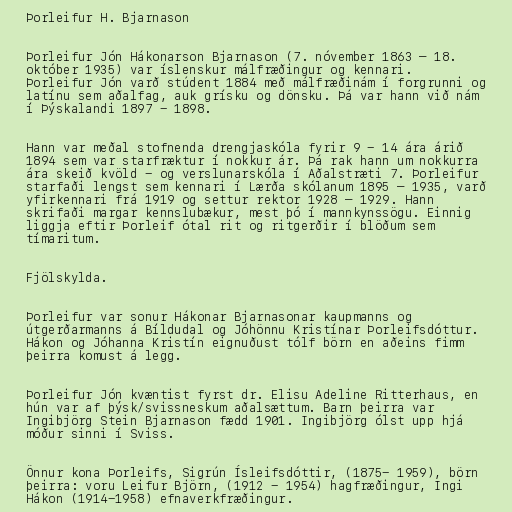
Þorleifur H. Bjarnason

Þorleifur Jón Hákonarson Bjarnason (7. nóvember 1863 — 18.
október 1935) var íslenskur málfræðingur og kennari.
Þorleifur Jón varð stúdent 1884 með málfræðinám í forgrunni og
latínu sem aðalfag, auk grísku og dönsku. Þá var hann við nám
í Þýskalandi 1897 - 1898.

Hann var meðal stofnenda drengjaskóla fyrir 9 - 14 ára árið
1894 sem var starfræktur í nokkur ár. Þá rak hann um nokkurra
ára skeið kvöld - og verslunarskóla í Aðalstræti 7. Þorleifur
starfaði lengst sem kennari í Lærða skólanum 1895 – 1935, varð
yfirkennari frá 1919 og settur rektor 1928 – 1929. Hann
skrifaði margar kennslubækur, mest þó í mannkynssögu. Einnig
liggja eftir Þorleif ótal rit og ritgerðir í blöðum sem
tímaritum.

Fjölskylda.

Þorleifur var sonur Hákonar Bjarnasonar kaupmanns og
útgerðarmanns á Bíldudal og Jóhönnu Kristínar Þorleifsdóttur.
Hákon og Jóhanna Kristín eignuðust tólf börn en aðeins fimm
þeirra komust á legg.

Þorleifur Jón kvæntist fyrst dr. Elisu Adeline Ritterhaus, en
hún var af þýsk/svissneskum aðalsættum. Barn þeirra var
Ingibjörg Stein Bjarnason fædd 1901. Ingibjörg ólst upp hjá
móður sinni í Sviss.

Önnur kona Þorleifs, Sigrún Ísleifsdóttir, (1875- 1959), börn
þeirra: voru Leifur Björn, (1912 - 1954) hagfræðingur, Ingi
Hákon (1914-1958) efnaverkfræðingur.